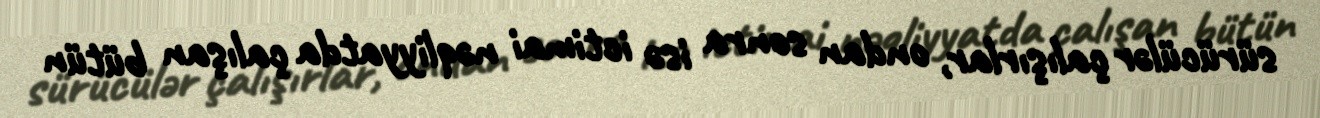
sürücülər çalışırlar, ondan sonra isə ictimai nəqliyyatda çalışan bütün